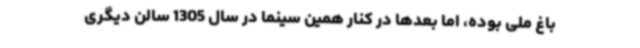
باغ ملی بوده، اما بعدها در کنار همین سینما در سال 1305 سالن دیگری